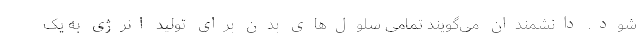
شود. دانشمندان می‌گویند تمامی سلول‌های بدن برای تولید انرژی به یک